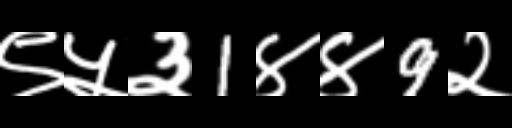
Text: ९५३1४४9२